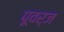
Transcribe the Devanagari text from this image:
पूवर्ज